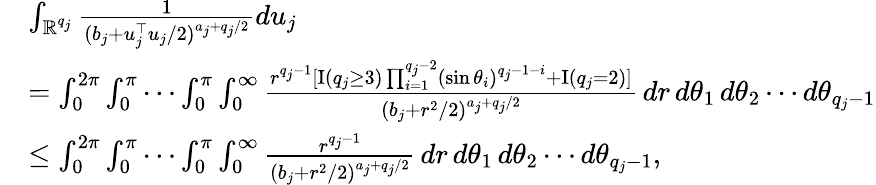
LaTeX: \begin{array}{rl}&{\int_{\mathbb{R}^{q_{j}}}\frac{1}{(b_{j}+u_{j}^{\top}u_{j}/2)^{a_{j}+q_{j}/2}}du_{j}}\\ &{=\int_{0}^{2\pi}\int_{0}^{\pi}\cdots\int_{0}^{\pi}\int_{0}^{\infty}\frac{r^{q_{j}-1}[{\mathrm{I}}(q_{j}\ge 3)\prod_{i=1}^{q_{j}-2}(\sin\theta_{i})^{q_{j}-1-i}+{\mathrm{I}}(q_{j}=2)]}{(b_{j}+r^{2}/2)^{a_{j}+q_{j}/2}}\, dr\, d\theta_{1}\, d\theta_{2}\cdots d\theta_{q_{j}-1}}\\ &{\le\int_{0}^{2\pi}\int_{0}^{\pi}\cdots\int_{0}^{\pi}\int_{0}^{\infty}\frac{r^{q_{j}-1}}{(b_{j}+r^{2}/2)^{a_{j}+q_{j}/2}}\, dr\, d\theta_{1}\, d\theta_{2}\cdots d\theta_{q_{j}-1},}\end{array}